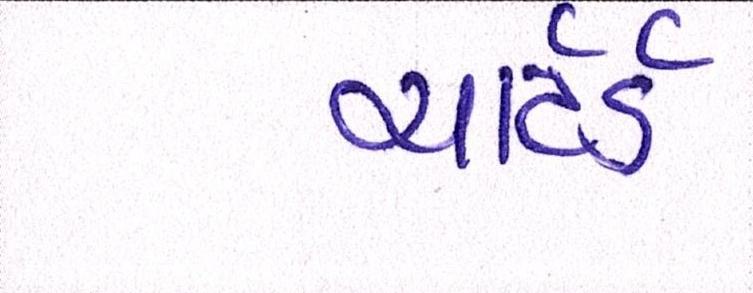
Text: ચાર્ટર્ડ